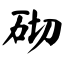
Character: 砌